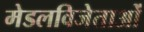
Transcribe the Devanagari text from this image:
मेडलविजेताओं